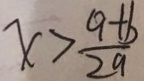
x > \frac { 9 + b } { 2 a }